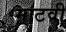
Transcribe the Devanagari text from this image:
माटवी